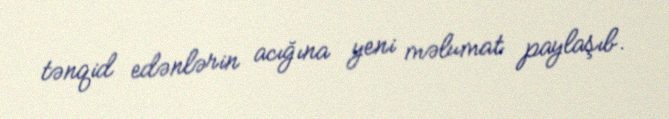
tənqid edənlərin acığına yeni məlumat paylaşıb.